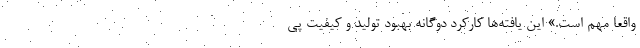
واقعا مهم است.» این یافته‌ها کارکرد دوگانه بهبود تولید و کیفیت پی